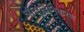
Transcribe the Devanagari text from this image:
ऑसटिनिकरण